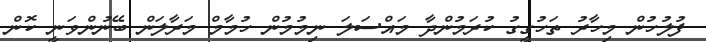
ފުލުހުން މިހާރު ތަހުގީގު ކުރަމުންދާ މައްސަލަ ނިމުމުން ހުމާމް މަރާލަން ބޭނުންވަނީ ކޮން